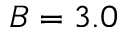
B = 3 . 0